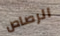
الرصاص